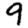
Digit: 9